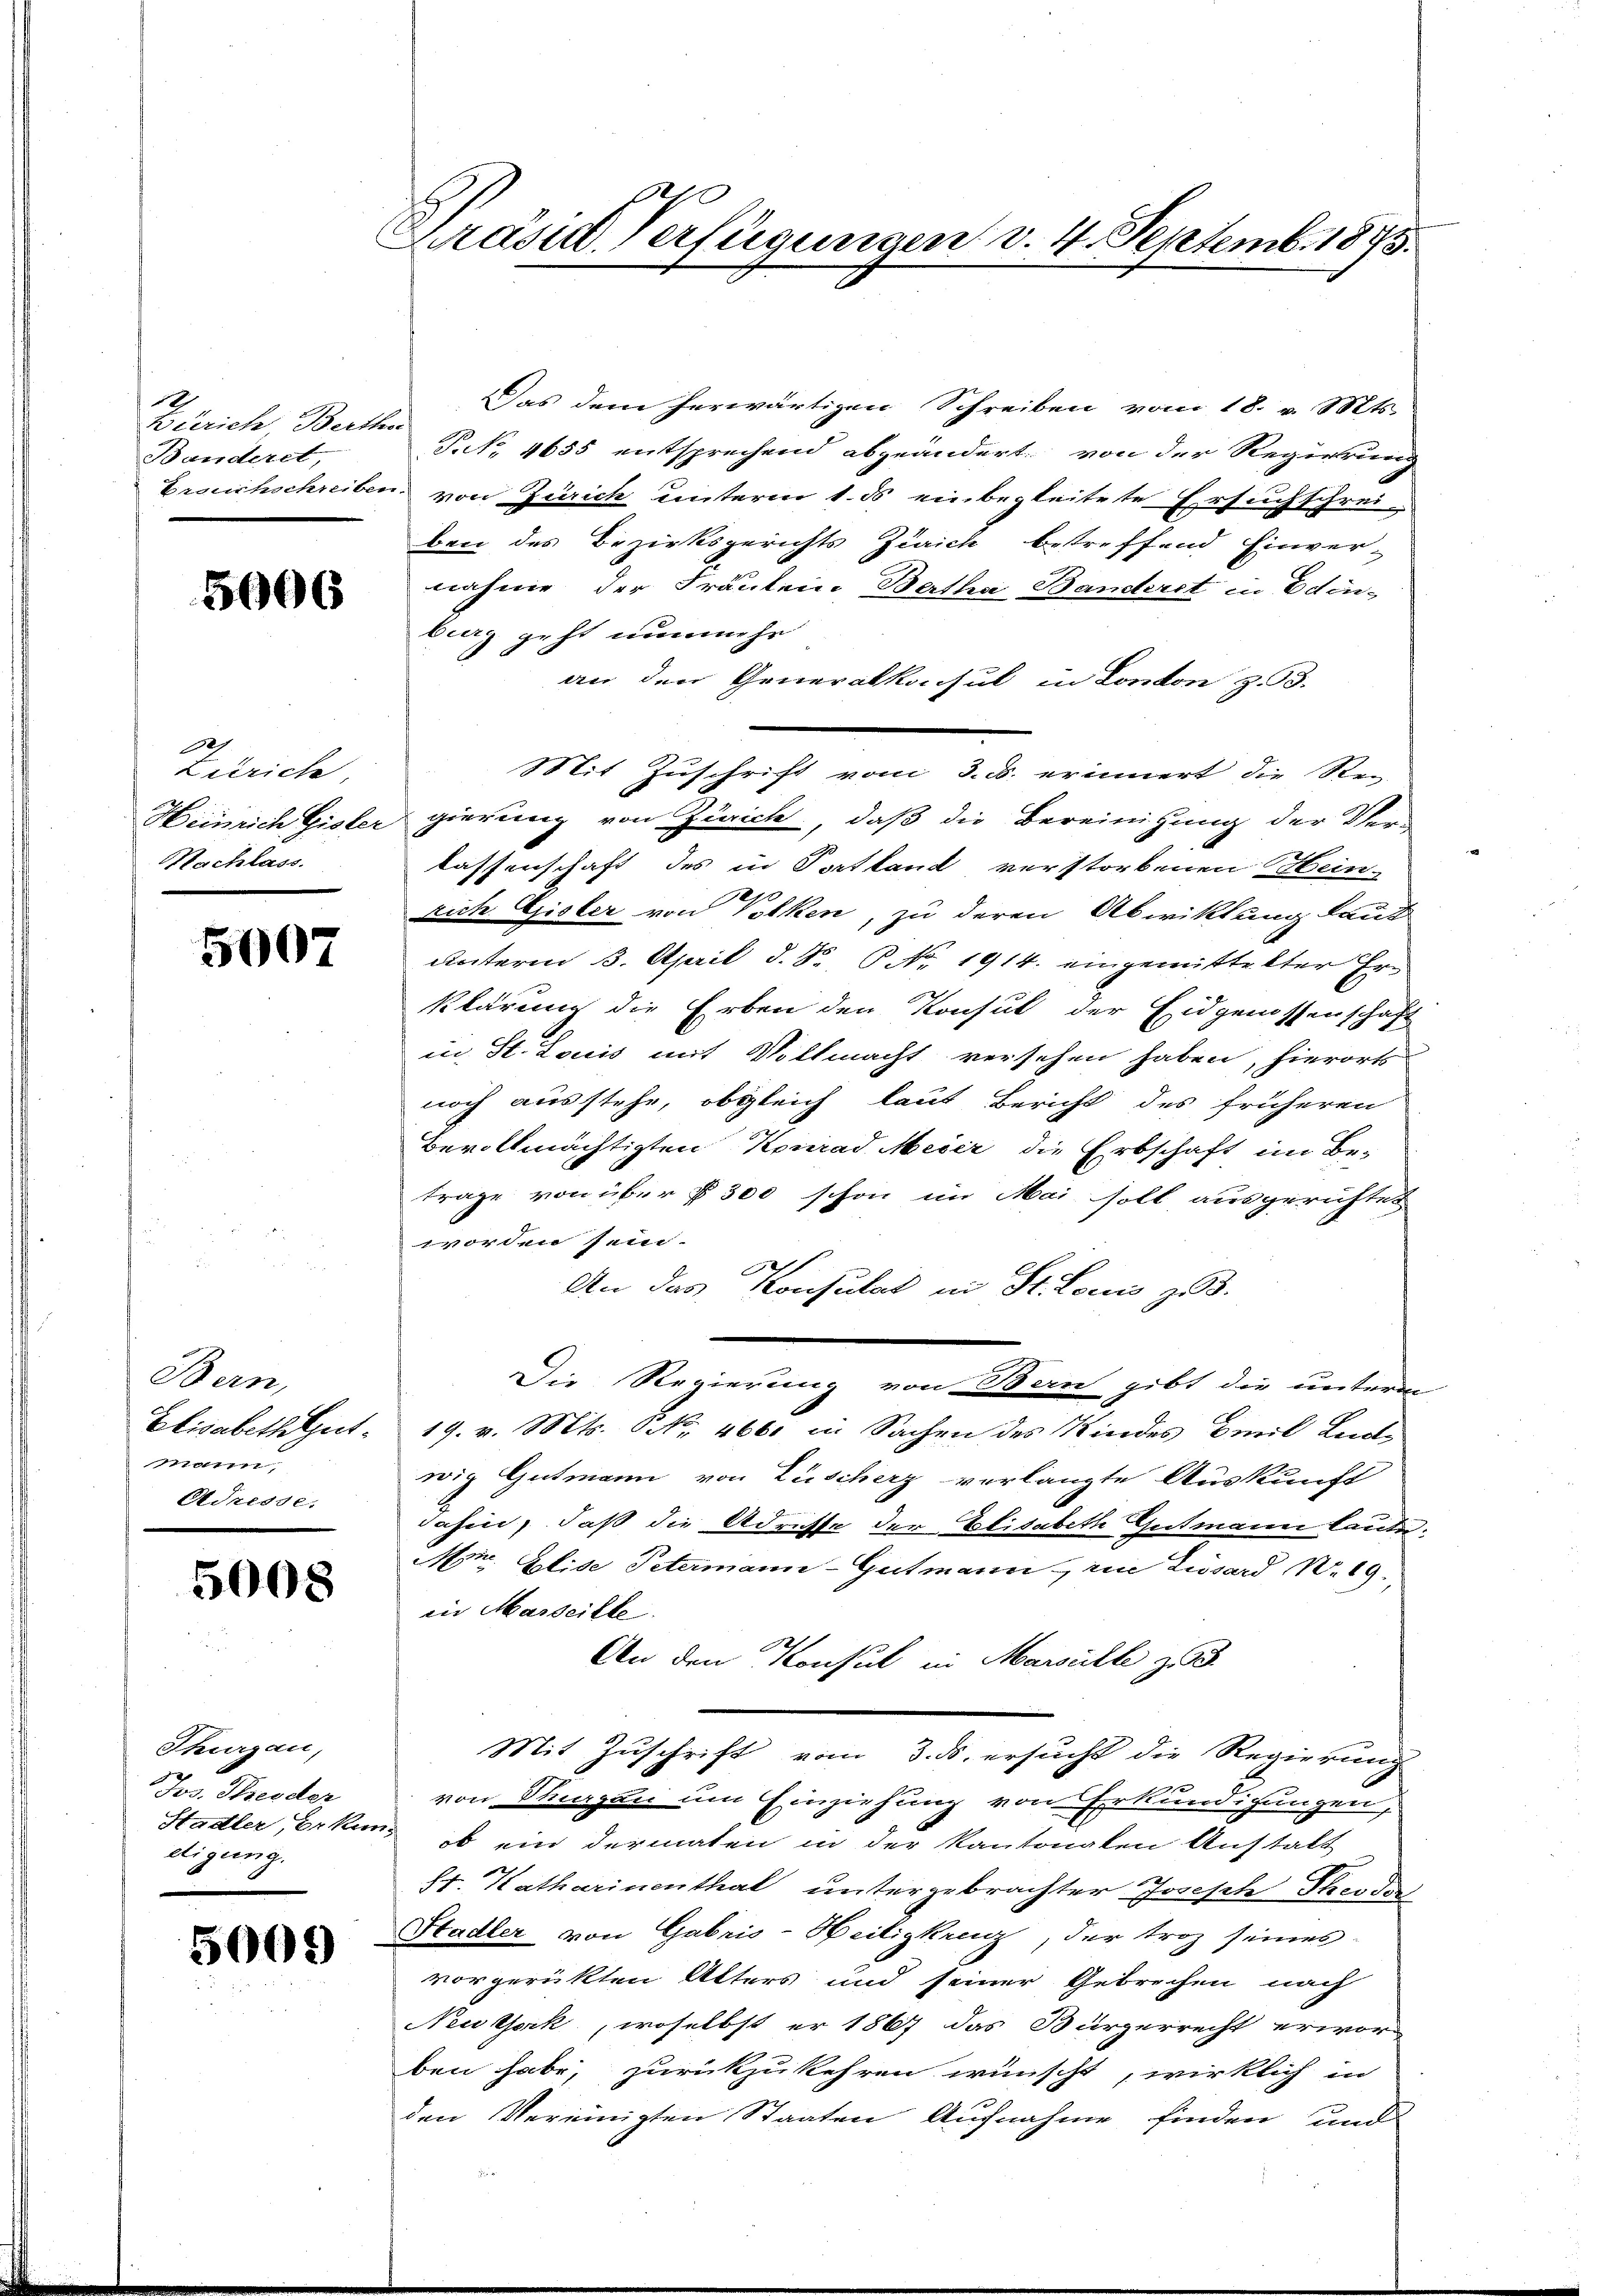
10
Bierich, Berthen
Banderet,

5006

Zürich,
Nachlass.

5007

Bern,
Elisabeth Gutmann,
Adresse.

5008

Thurgau,
Jos. Freuder
digung.

5009

d
Präsid-Verfügungen v. 4. Septemb. 1873.

Das dem herwärtigen Schreiben vom 18. v. Mts.
P. 4655 entsprechend abgeändert von der Regierung
brauchschreiben von Zürich unterm 1. ds einbegleitete Ersuchschrei-
ben des Bezirksgerichts Zürich betreffend Einver-
nahme der Fräulein Bertha Banderet in Edin-
burg geht nunmehr
an den Generalkonsul in London z. 33.
Heinrich Gisler gierung von Zürich, daß die Bereinigung der Ver-
lassenschaft des in Portland verstorbenen Hein-
rich Gisler von Volken, zu deren Abwiktung laut
Unterm 3. April d. S. P. Nr. 1914. eingemittelter Erklärung die Erben den Konsul der Eidgenossenschaft
in St. Louis mit Vollmacht versehen haben, hierorts
noch ausstehe, obgleich laut Bericht des früheren
Bevollmächtigten Konrad Meier die Erbschaft im Be-
trage von über § 300 schon im Mai soll ausgerichtet
worden sein.
An das Konsulat in St. Louis zu 3.
Die Regierung von Bern gibt die unterm
19. v. Mts. NNo. 466 in Sachen des Kindes Emil Ludwig Gutmann von Lüscherz verlangte Auskunft
dahin, daß die Adresse der Elisabeth Gutmann laude¬
Mor. Elise Petermann-Gutmann ein Zisard N. 19.
in Marseille.
An den Konsul in Marouille zu
Mit Zuschrift vom 3. ds. ersucht die Regierung
von Thurgen um Einziehung von Erkundigungen,
Stadler, Erken, ob ein dermalen in der Kantonalen Anstalt
8t. Katharinenthal untergebrachter Joseph Theodor
Stadler von Gabris-Heiligken, der troz seines
vorgerückten Alters und seiner Gebrechen nach
Neuthork, woselbst er 1867 das Bürgerrecht erwor-
ben habe, zurückzukehren wünscht, wirklich in
den Vereinigten Staaten Aufnahme finden und
e

Mit Zuschrift vom 3. d. erinnert die Re-